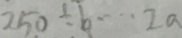
2 5 0 \div b \cdots 2 a